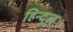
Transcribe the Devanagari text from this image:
हिन्दूज़